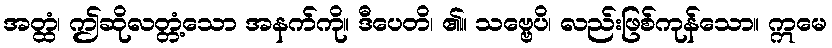
အတ္ထံ၊ ဤဆိုလတ္တံ့သော အနက်ကို။ ဒီပေတိ၊ ၏။ သဗ္ဗေပိ၊ လည်းဖြစ်ကုန်သော။ ဣမေ